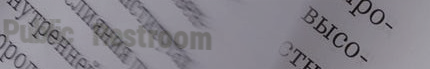
Public Restroom